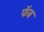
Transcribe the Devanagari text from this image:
फॅब